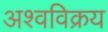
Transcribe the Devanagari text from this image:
अश्वविक्रय